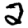
Digit: 2